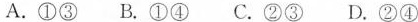
A.①③ B.①④ C.②③ D.②④